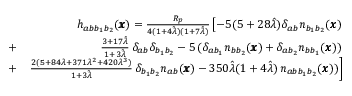
\begin{array} { r l r } & { } & { h _ { a b { b } _ { 1 } b _ { 2 } } ( { \pmb x } ) = \frac { R _ { p } } { 4 ( 1 + 4 \hat { \lambda } ) ( 1 + 7 \hat { \lambda } ) } \left[ - 5 ( 5 + 2 8 \hat { \lambda } ) \delta _ { a b } n _ { b _ { 1 } b _ { 2 } } ( { \pmb x } ) \right. } \\ & { + } & { \left. \frac { 3 + 1 7 \hat { \lambda } } { 1 + 3 \hat { \lambda } } \, \delta _ { a b } \delta _ { b _ { 1 } b _ { 2 } } - 5 \, ( \delta _ { a b _ { 1 } } n _ { b b _ { 2 } } ( { \pmb x } ) + \delta _ { a b _ { 2 } } n _ { b b _ { 1 } } ( { \pmb x } ) ) \right. } \\ & { + } & { \left. \frac { 2 ( 5 + 8 4 \lambda + 3 7 1 \lambda ^ { 2 } + 4 2 0 \lambda ^ { 3 } ) } { 1 + 3 \hat { \lambda } } \, \delta _ { b _ { 1 } b _ { 2 } } n _ { a b } ( { \pmb x } ) - 3 5 0 \hat { \lambda } ( 1 + 4 \hat { \lambda } ) \, n _ { a b b _ { 1 } b _ { 2 } } ( { \pmb x } ) ) \right] } \end{array}